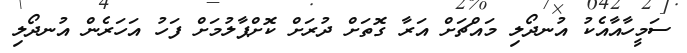
ސަމީހާއާއެކު އުނދޯލި މައްޗަށް އަރާ ގޮތަށް ދުރަށް ކޮށްޕާލުމަށް ފަހު އަހަރެން އުނދޯލި